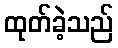
ထုတ်ခဲ့သည်